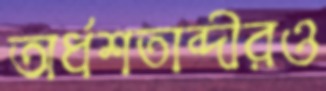
অর্ধশতাব্দীরও